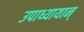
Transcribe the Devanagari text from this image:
उपाध्यायान्‌